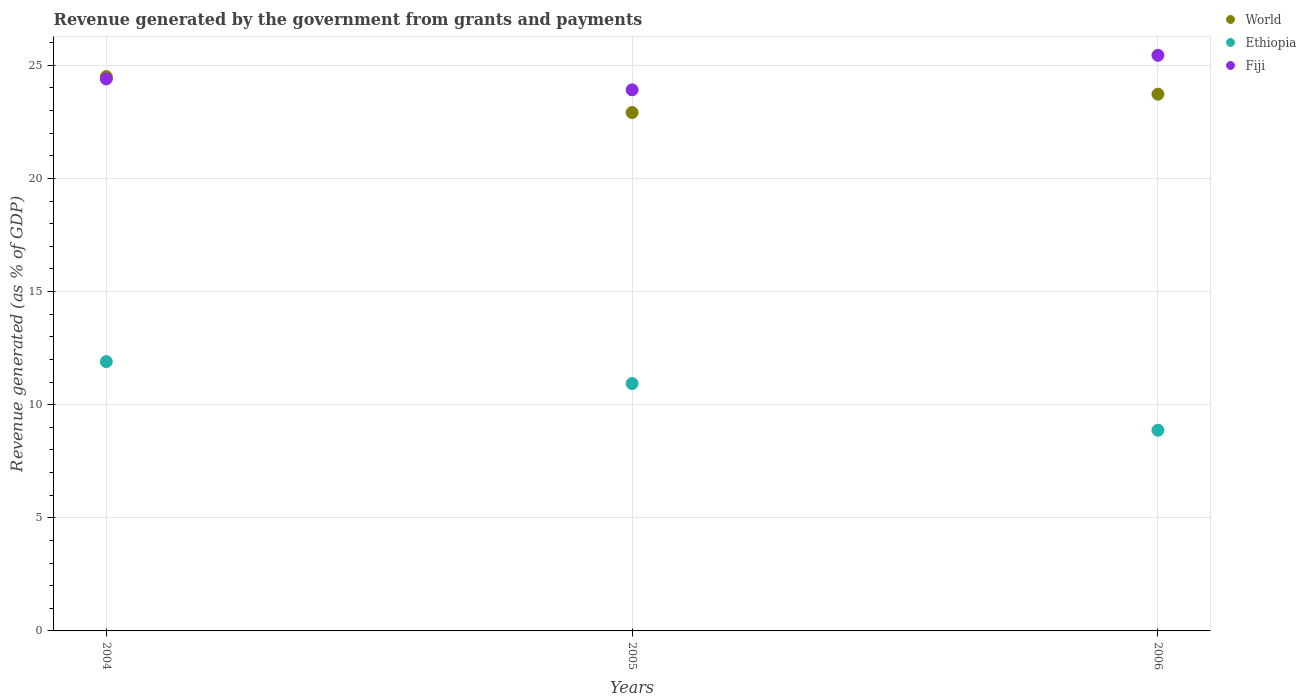
| Years | World | Ethiopia | Fiji |
 | --- | --- | --- | --- |
 | 2004 | 24.5 | 11.9 | 24.4 |
 | 2005 | 22.9 | 10.9 | 23.9 |
 | 2006 | 23.7 | 8.87 | 25.4 |